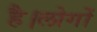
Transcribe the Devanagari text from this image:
है।लोगों